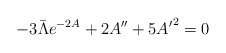
\begin{align*}-3\bar{\Lambda}e^{-2A} + 2 A^{\prime\prime} + 5 {A^\prime}^2 = 0 \end{align*}